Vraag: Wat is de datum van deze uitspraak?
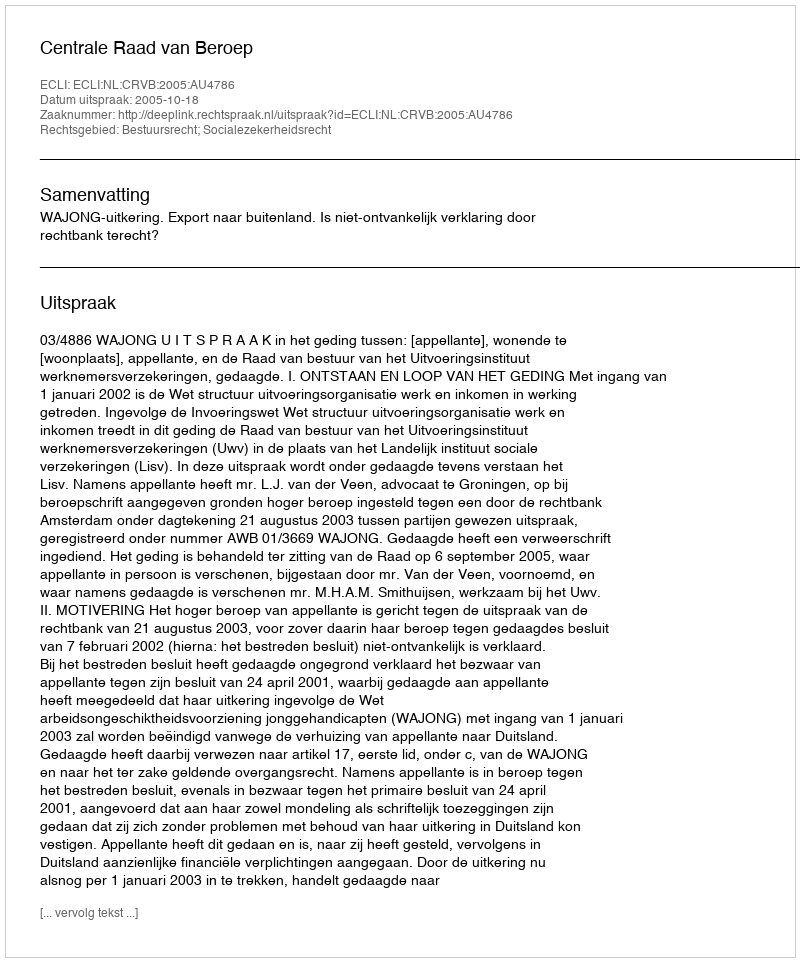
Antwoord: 2005-10-18